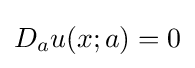
D_{a}u(x;a)=0